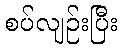
စပ်လျဉ်းပြီး